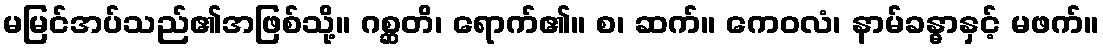
မမြင်အပ်သည်၏အဖြစ်သို့။ ဂစ္ဆတိ၊ ရောက်၏။ စ၊ ဆက်။ ကေဝလံ၊ နာမ်ခန္ဓာနှင့် မဖက်။